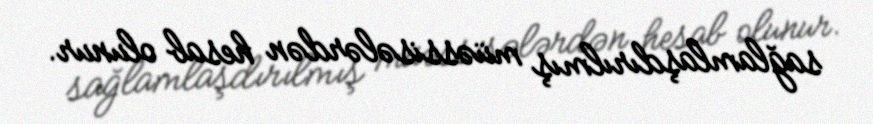
sağlamlaşdırılmış müəssisələrdən hesab olunur.